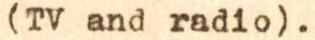
(TV and radio).